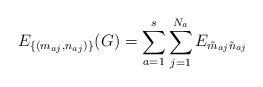
LaTeX: \begin{align*}E_{ \{(m_{aj},n_{aj})\} }(G) = \sum_{a=1}^s \sum_{j=1}^{N_a}E_{\tilde m_{aj} \tilde n_{aj} }\end{align*}